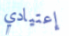
إعتيادي